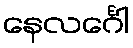
နေလင်္ဂေါ